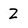
Character: Z